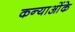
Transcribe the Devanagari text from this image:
कन्याओंके